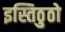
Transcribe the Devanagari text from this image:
इस्तिठुठो